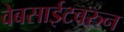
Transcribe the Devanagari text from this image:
वेबसाईटवरुन